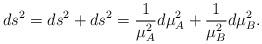
LaTeX: \begin{align*}ds_{}^{2}=ds_{}^{2}+ds_{}^{2}=\frac{1}{\mu_{A}^{2}}d\mu_{A}^{2}+\frac{1}{\mu_{B}^{2}}d\mu_{B}^{2}.\end{align*}